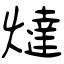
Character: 燵